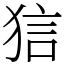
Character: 狺